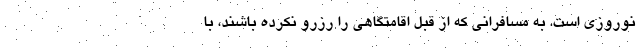
نوروزی است. به مسافرانی که از قبل اقامتگاهی را رزرو نکرده باشند، با